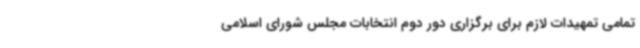
تمامی تمهیدات لازم برای برگزاری دور دوم انتخابات مجلس شورای اسلامی